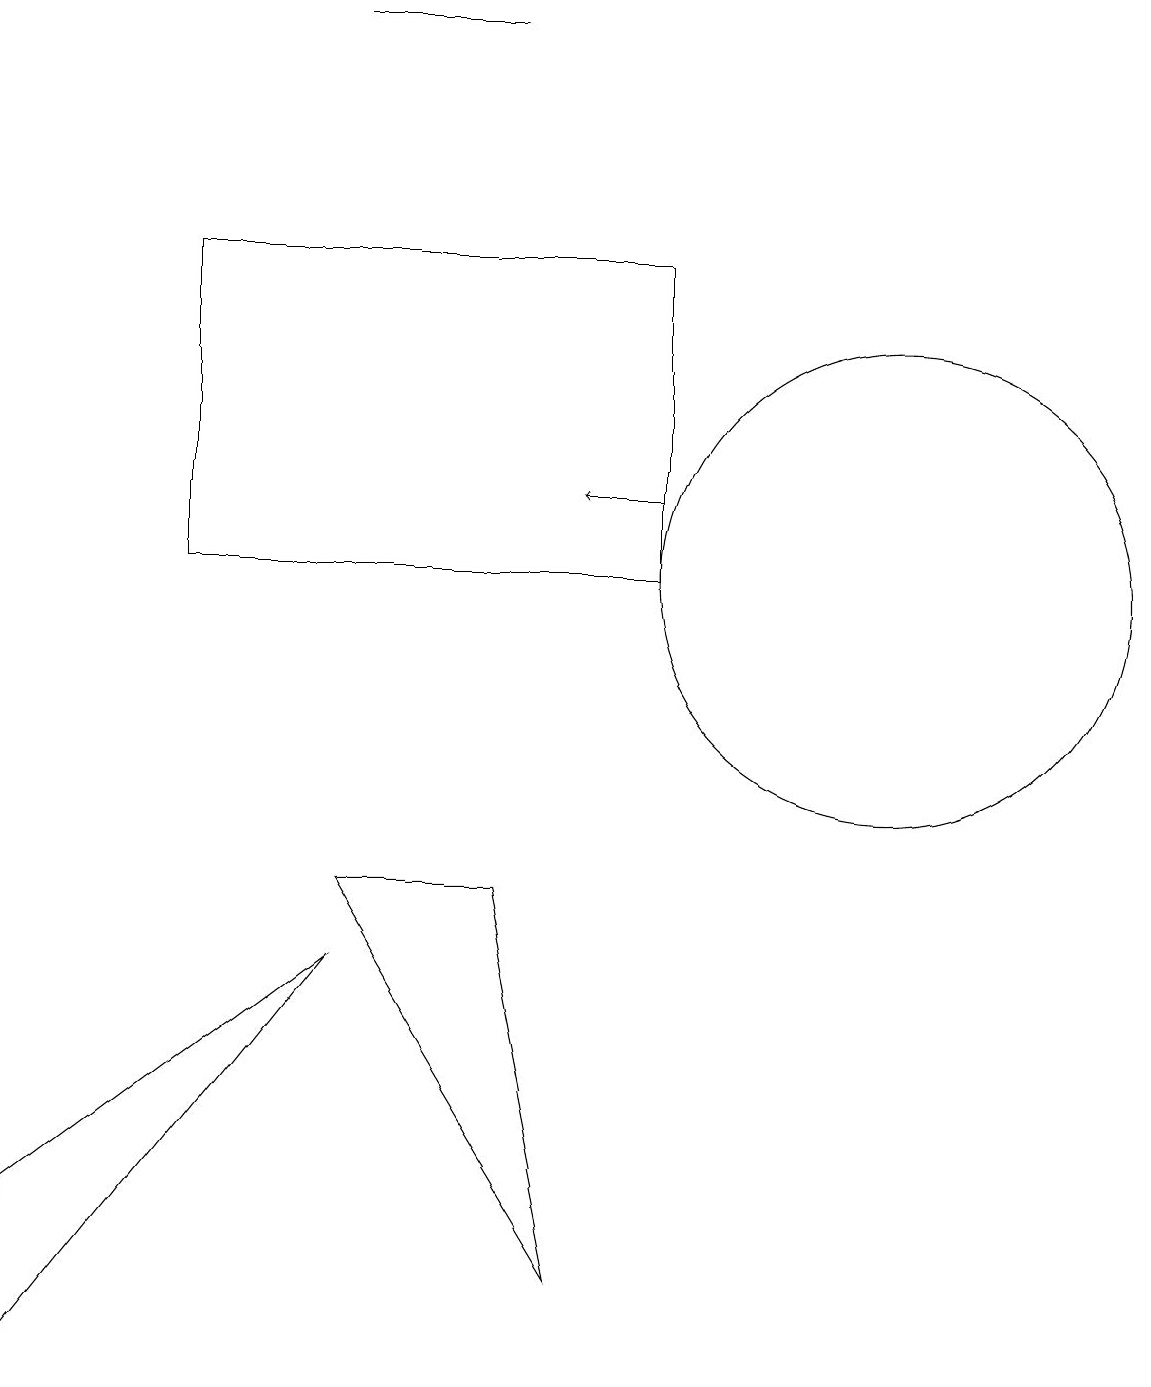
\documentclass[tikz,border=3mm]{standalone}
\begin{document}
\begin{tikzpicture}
\draw (6,17) rectangle (4,17);
\draw[->] (8,11) -- (7,11);
\draw (0,0) -- (4,5) -- (0,2) -- cycle;
\draw (7,1) -- (4,6) -- (6,6) -- cycle;
\draw (11,10) circle (3);
\draw (11,12) circle (0);
\draw (8,14) rectangle (2,10);
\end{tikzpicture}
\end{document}